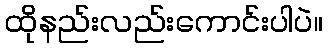
ထိုနည်းလည်းကောင်းပါပဲ။